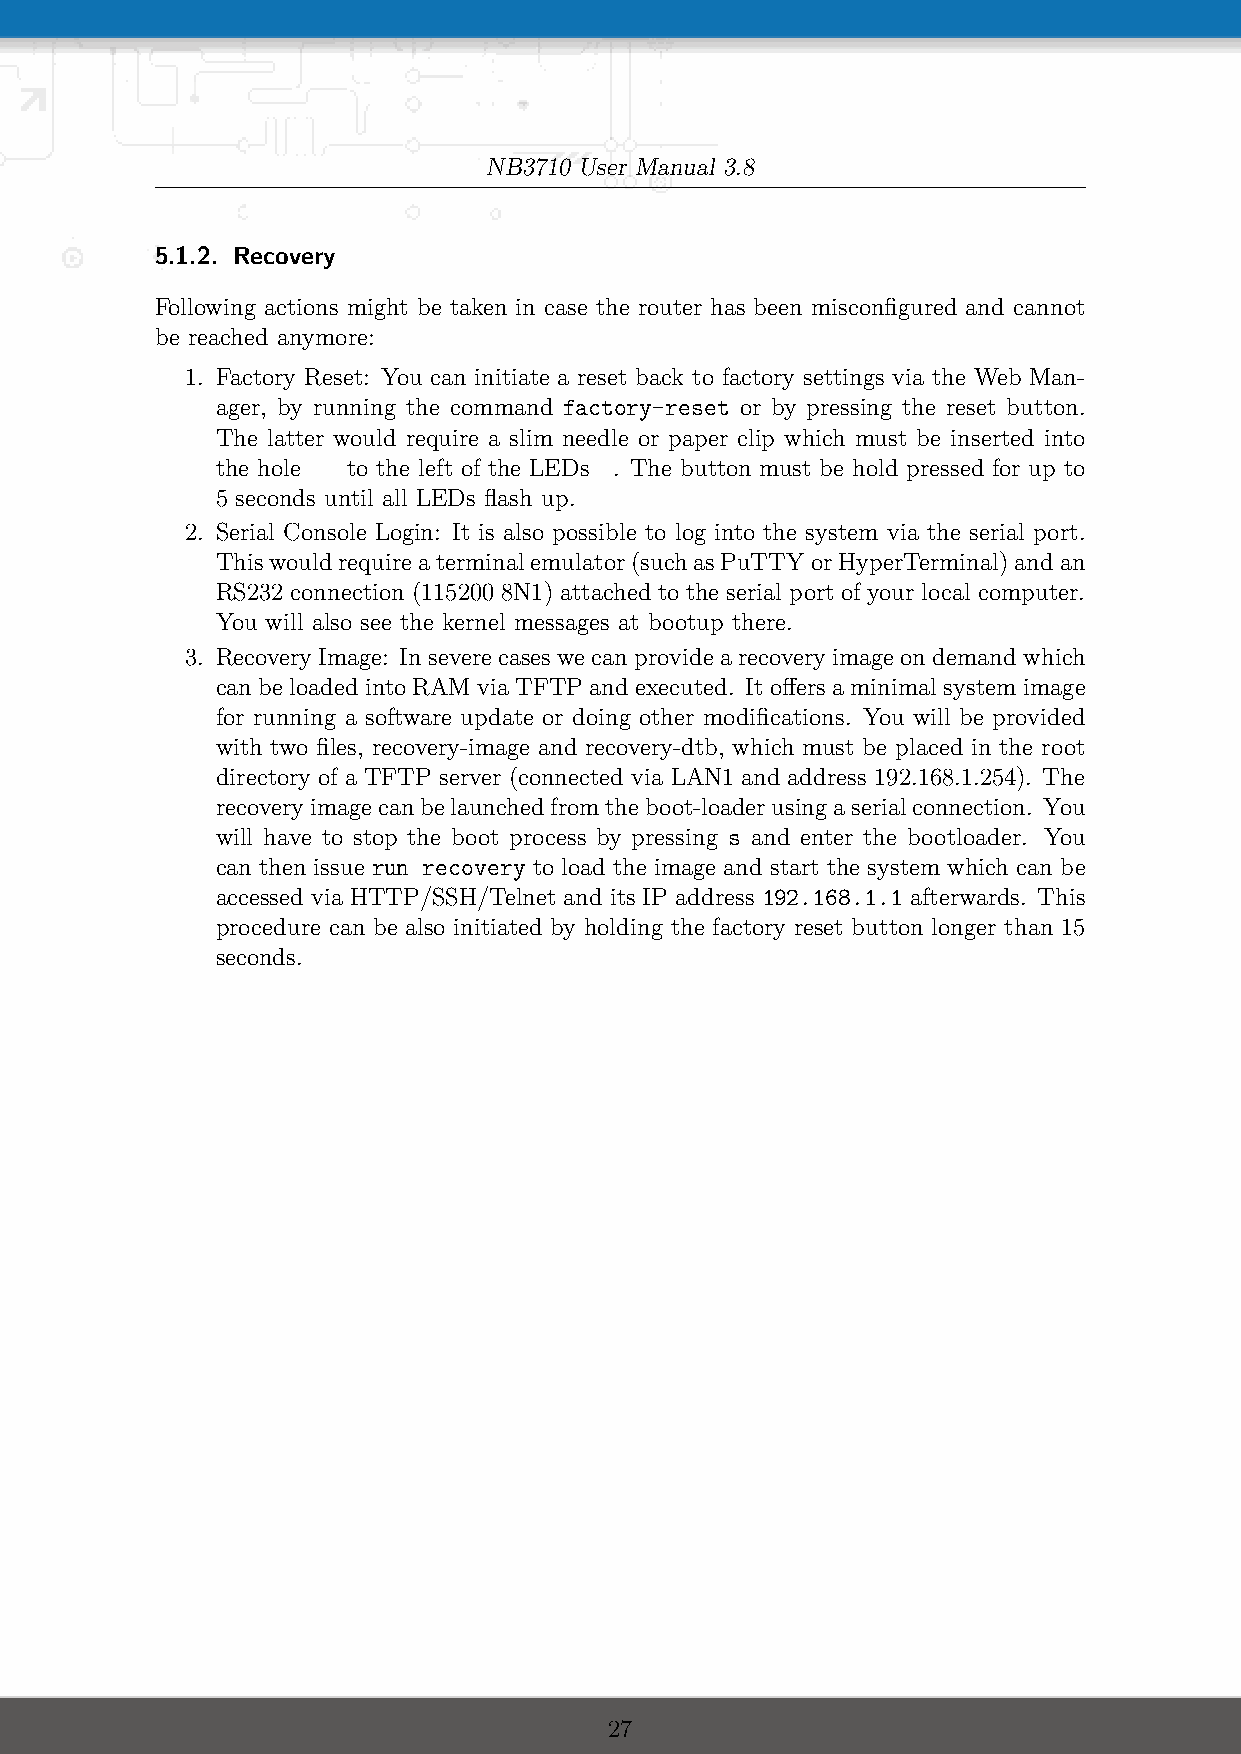
NB3710 User Manual 3.8
 5.1.2. Recovery
 Following actions might be taken in case the router has been misconfigured and cannot
 be reached anymore:
 1. Factory Reset: You can initiate a reset back to factory settings via the Web Man-
 ager, by running the command factory-reset or by pressing the reset button.
 The latter would require a slim needle or paper clip which must be inserted into
 the hole to the left of the LEDs . The button must be hold pressed for up to
 5 seconds until all LEDs flash up.
 2. Serial Console Login: It is also possible to log into the system via the serial port.
 Thiswouldrequireaterminalemulator(suchasPuTTYorHyperTerminal)andan
 RS232 connection (115200 8N1) attached to the serial port of your local computer.
 You will also see the kernel messages at bootup there.
 3. Recovery Image: In severe cases we can provide a recovery image on demand which
 can be loaded into RAM via TFTPand executed. It offers aminimal system image
 for running a software update or doing other modifications. You will be provided
 with two files, recovery-image and recovery-dtb, which must be placed in the root
 directory of a TFTP server (connected via LAN1 and address 192.168.1.254). The
 recoveryimagecanbelaunchedfromtheboot-loaderusingaserialconnection. You
 will have to stop the boot process by pressing s and enter the bootloader. You
 can then issue run recovery to load the image and start the system which can be
 accessed via HTTP/SSH/Telnet and its IP address 192.168.1.1 afterwards. This
 procedure can be also initiated by holding the factory reset button longer than 15
 seconds.
 27